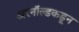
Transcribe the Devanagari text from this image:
अरनॉल्डकडून